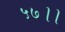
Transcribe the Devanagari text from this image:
५७।।